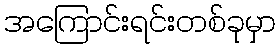
အကြောင်းရင်းတစ်ခုမှာ